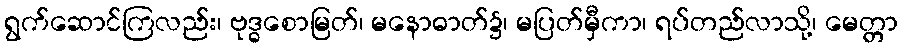
ရွက်ဆောင်ကြလည်း၊ ဗုဒ္ဓစောမြတ်၊ မနောဓာတ်၌၊ မပြတ်မှီကာ၊ ရပ်တည်လာသို့၊ မေတ္တာ